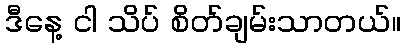
ဒီနေ့ ငါ သိပ် စိတ်ချမ်းသာတယ်။